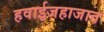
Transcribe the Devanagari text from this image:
हवाईजहाजात